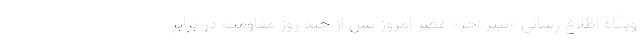
وبگاه اطلاع رسانی «تیتر آخر» عصر امروز پس از چند روز مقاومت در برابر